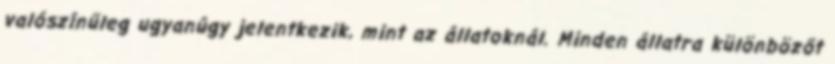
valószínűleg ugyanúgy jelentkezik, mint az állatoknál. Minden állatra különbözőt